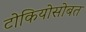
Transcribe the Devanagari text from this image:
टोकियोसोबत